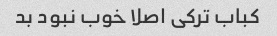
کباب ترکی اصلا خوب نبود بد